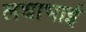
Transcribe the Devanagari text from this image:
लधाभाई